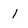
Character: 1